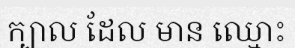
ក្បាល ដែល មាន ឈ្មោះ